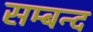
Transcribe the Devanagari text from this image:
सम्बन्द